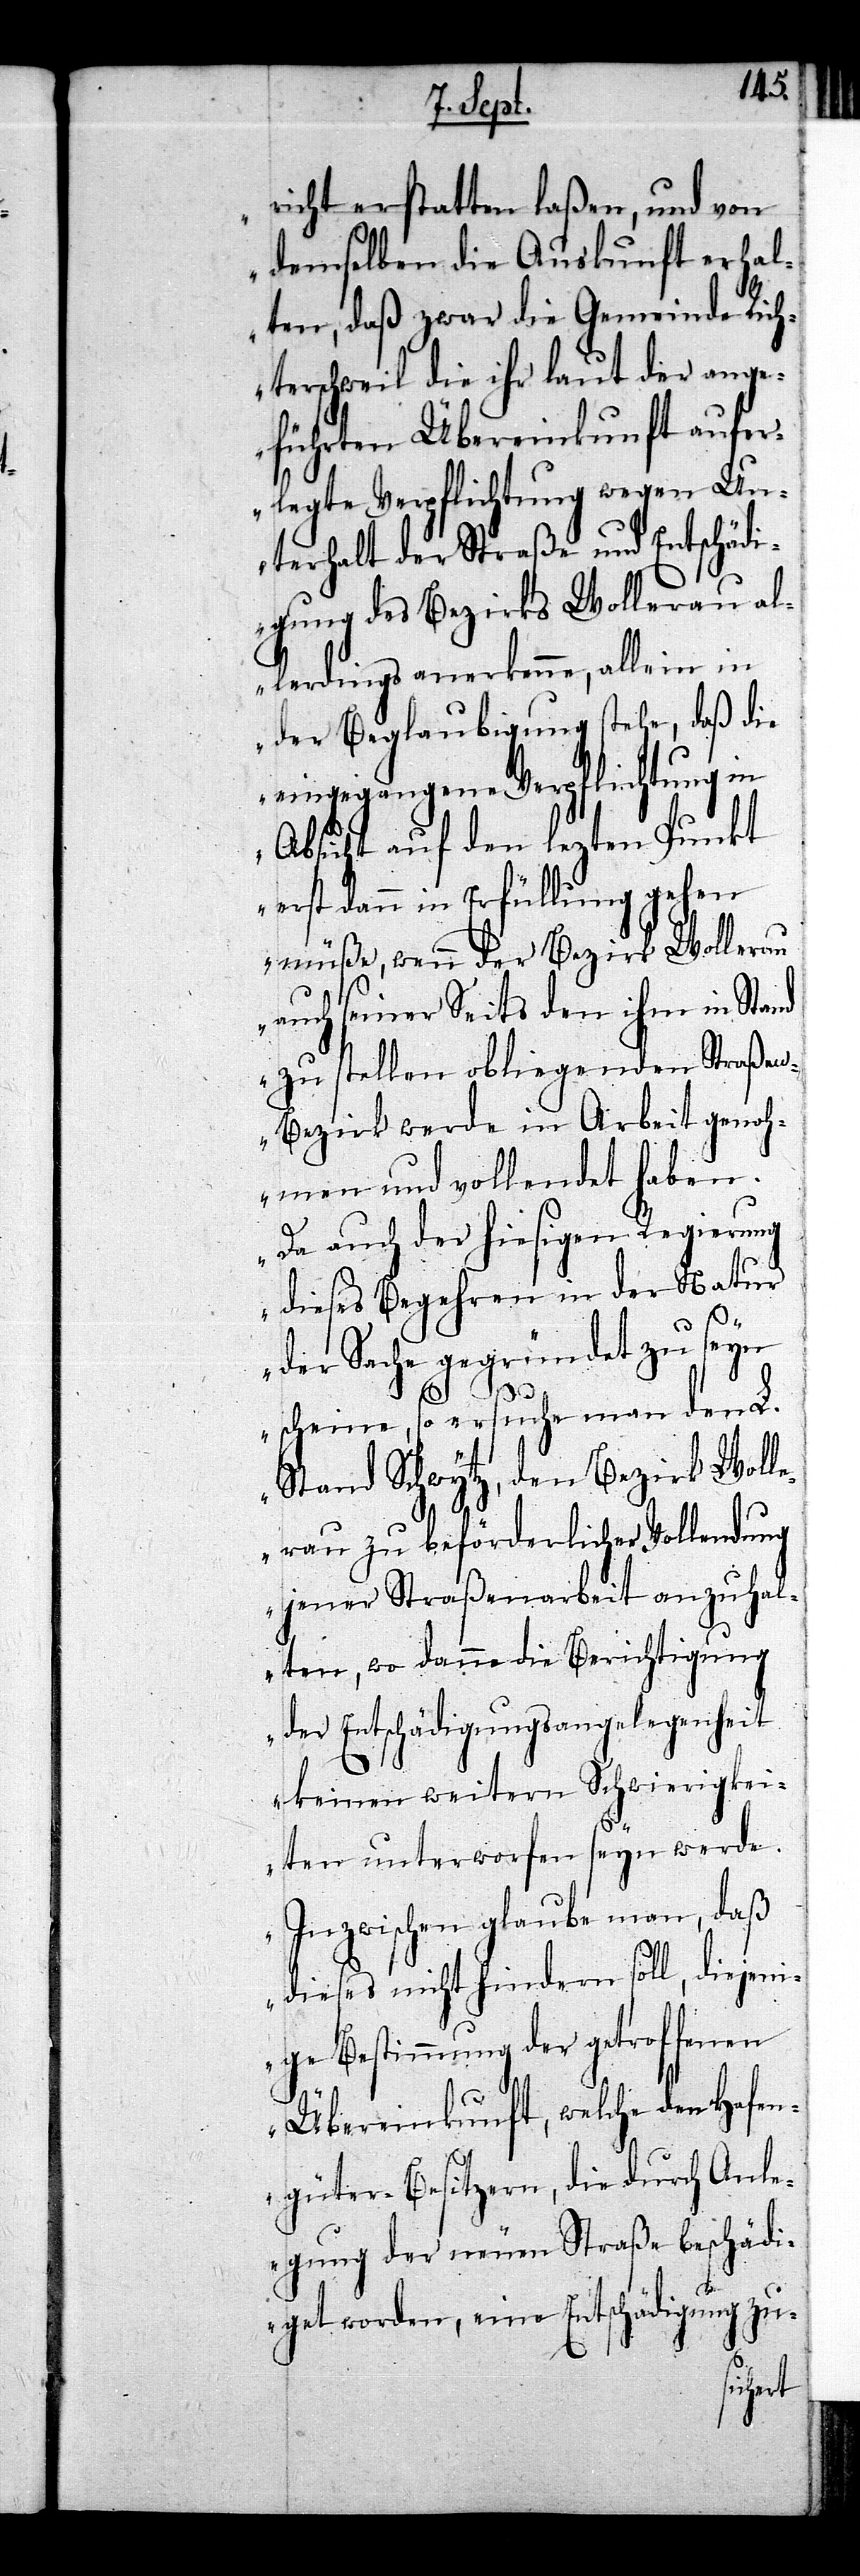
richt erstatten laßen, und von
demselben die Auskunft erhal¬
ten, daß zwar die Gemeinde Rich¬
terschweil die ihr laut der ange¬
führten Übereinkunft aufer¬
legte Verpflichtung wegen Un¬
terhalt der Straße und Entschädi¬
gung des Bezirks Wollerau al¬
lerdings anerkenne, allein in
der Beglaubigung stehe, daß die
eingegangene Verpflichtung in
Absicht auf den lezten Punkt
erst dann in Erfüllung gehen
müße, wenn der Bezirk Wollerau
auch seiner Seits den ihm in Stand
zu stellen obliegenden Straße¬
n-Bezirk werde in Arbeit genoh¬
men und vollendet haben.
Da auch der hiesigen Regierung
dieses Begehren in der Natur
der Sache gegründet zu seyn
scheine, so ersuche man den L.
Stand Schwytz, den Bezirk Wolle¬
rau zu beförderlicher Vollendung
jener Straßenarbeit anzuhal¬
ten, wo danne die Berichtigung
der Entschädigungsangelegenheit
keinen weitern Schwierigkei¬
ten unterworfen seyn werde.
Inzwischen glaube man, daß
dieses nicht hindern soll, diejen¬
ige Bestimmung der getroffenen
Übereinkunft, welche den Hafen¬
güter-Besitzern, die durch Anle¬
gung der neuen Straße beschädi¬
get werden, eine Entschädigung zu-